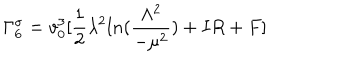
\Gamma _ { 6 } ^ { \sigma } = v _ { 0 } ^ { 3 } [ \frac { 1 } { 2 } \lambda ^ { 2 } l n ( \frac { \Lambda ^ { 2 } } { - \mu ^ { 2 } } ) + I R + F ]